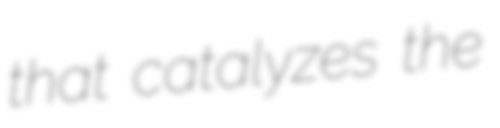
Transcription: that catalyzes the